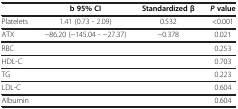
|  | b 95% CI | Standardized β | P value |
 | --- | --- | --- | --- |
 | Platelets | 1.41 (0.73 - 2.09) | 0.532 | <0.001 |
 | ATX | −86.20 (−145.04 - −27.37) | −0.378 | 0.021 |
 | RBC |  |  | 0.253 |
 | HDL-C |  |  | 0.703 |
 | TG |  |  | 0.223 |
 | LDL-C |  |  | 0.604 |
 | Albumin |  |  | 0.604 |